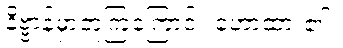
နိဗ္ဗာန်မှာတူကြကြောင်း ဟောထား၏။